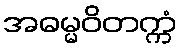
အဓမ္မဝိတက္ကံ